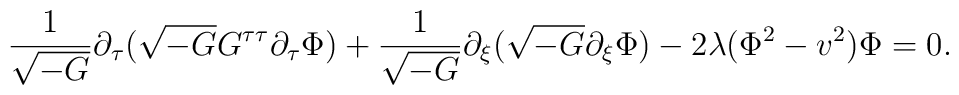
\frac{1}{\sqrt{-G}}\partial_{\tau}(\sqrt{-G}G^{\tau\tau}\partial_{\tau}\Phi)  +\frac{1}{\sqrt{-G}}\partial_{\xi}(\sqrt{-G}\partial_{\xi}\Phi)  -2\lambda(\Phi^{2}-v^{2})\Phi=0.